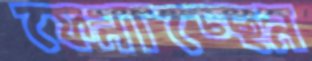
ফেনাচ্ছেন